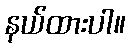
နယ်ထားပါ။